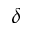
\boldsymbol { \delta }